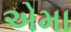
એમા